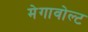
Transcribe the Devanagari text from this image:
मेगावोल्ट